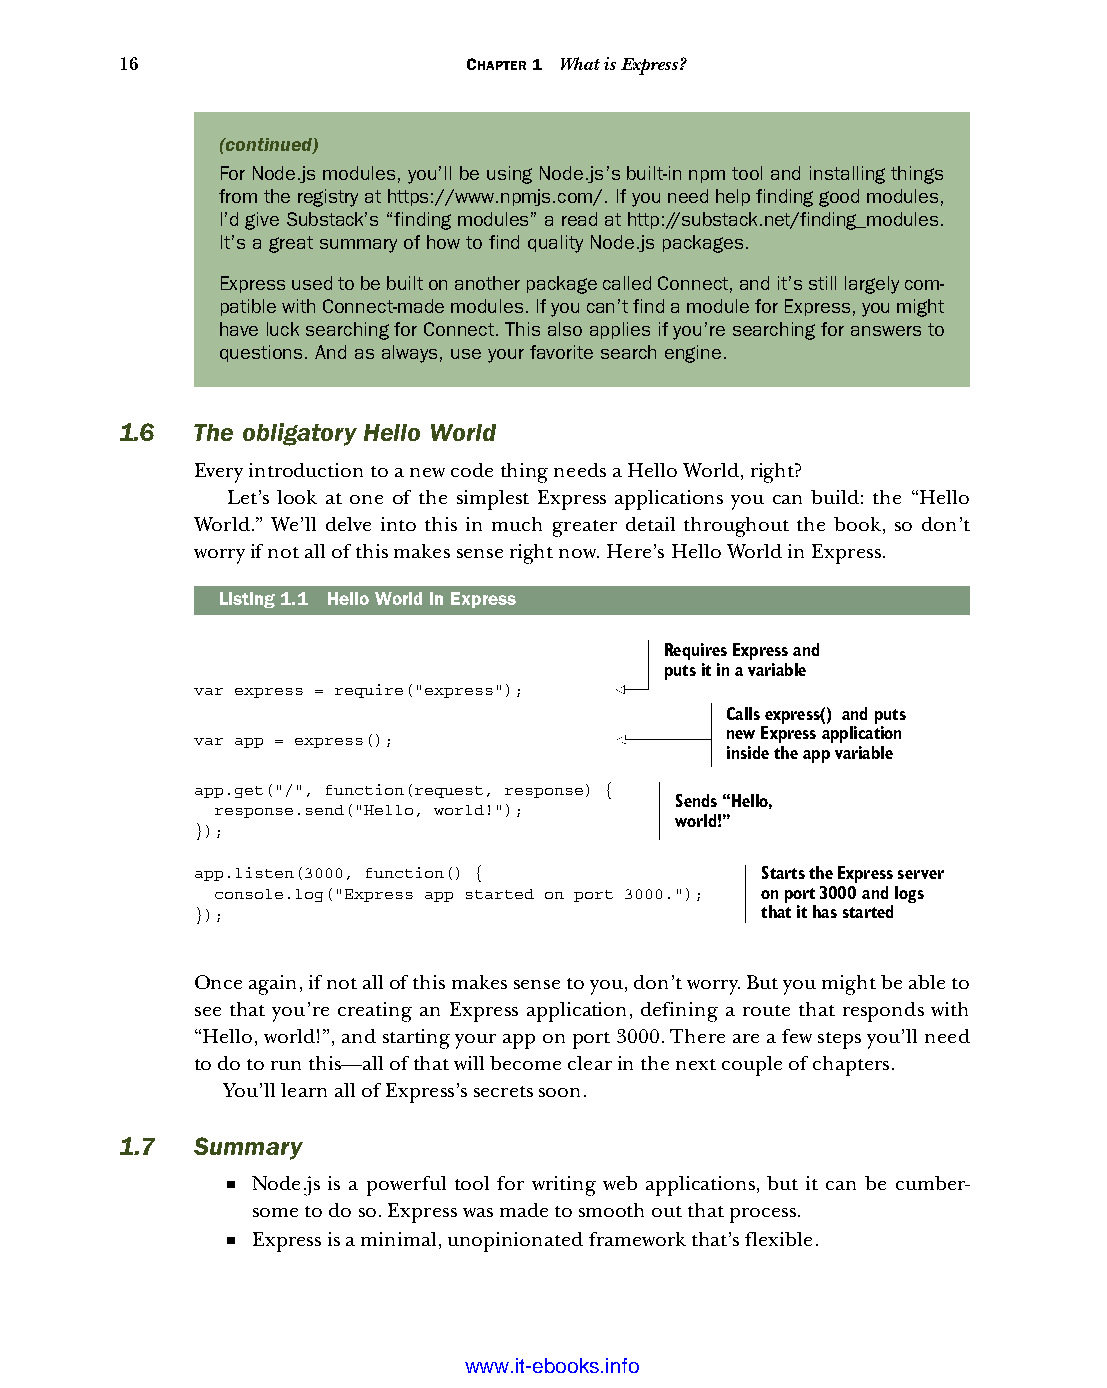
16                     CHAPTER 1 What is Express?
 (continued)
 For Node.js modules, you’ll be using Node.js’s built-in npm tool and installing things
 from the registry at https://www.npmjs.com/. If you need help finding good modules,
 I’d give Substack’s “finding modules” a read at http://substack.net/finding_modules.
 It’s a great summary of how to find quality Node.js packages.
 Express used to be built on another package called Connect, and it’s still largely com-
 patible with Connect-made modules. If you can’t find a module for Express, you might
 have luck searching for Connect. This also applies if you’re searching for answers to
 questions. And as always, use your favorite search engine.
 1.6  The obligatory Hello World
 Every introduction to a new code thing needs a Hello World, right?
 Let’s look at one of the simplest Express applications you can build: the “Hello
 World.” We’ll delve into this in much greater detail throughout the book, so don’t
 worry if not all of this makes sense right now. Here’s Hello World in Express.
 Listing1.1 Hello World in Express
 Requires Express and
 puts it in a variable
 var express = require("express");
 Calls express() and puts
 var app = express();               new Express application
 inside the app variable
 app.get("/", function(request, response) {
 Sends “Hello,
 response.send("Hello, world!");
 world!”
 });
 app.listen(3000, function() {        Starts the Express server
 console.log("Express app started on port 3000."); on port 3000 and logs
 });                                  that it has started
 Once again, if not all of this makes sense to you, don’t worry. But you might be able to
 see that you’re creating an Express application, defining a route that responds with
 “Hello, world!”, and starting your app on port 3000. There are a few steps you’ll need
 to do to run this—all of that will become clear in the next couple of chapters.
 You’ll learn all of Express’s secrets soon.
 1.7  Summary
 ■ Node.js is a powerful tool for writing web applications, but it can be cumber-
 some to do so. Express was made to smooth out that process.
 ■ Express is a minimal, unopinionated framework that’s flexible.
 Licensed wtow w <.mit-ielebro.8o8k8s@.ingfomail.com>